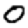
Digit: 0